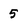
Character: 5